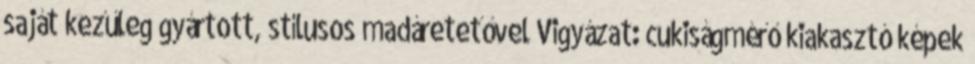
saját kezűleg gyártott, stílusos madáretetővel Vigyázat: cukiságmérő kiakasztó képek